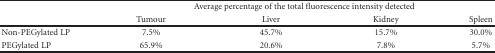
<table><thead><tr><td></td><td colspan="4"><b>Average percentage of the total fluorescence intensity detected</b></td></tr><tr><td></td><td><b>Tumour</b></td><td><b>Liver</b></td><td><b>Kidney</b></td><td><b>Spleen </b></td></tr></thead><tbody><tr><td>Non-PEGylated LP</td><td>7.5%</td><td>45.7%</td><td>15.7%</td><td>30.0%</td></tr><tr><td>PEGylated LP</td><td>65.9%</td><td>20.6%</td><td>7.8%</td><td>5.7%</td></tr></tbody></table>